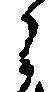
之